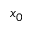
x _ { 0 }